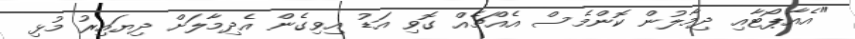
"އެއާޕޯޓާއި ދިމާލުން ކޮންމެސް އެއްޗެއް ގޮވި އަޑު އިވިގެން އެދިމާލަށް ދިޔައިރު މުޅި